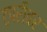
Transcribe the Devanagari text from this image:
टपरीवर